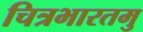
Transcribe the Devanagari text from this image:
चित्रभारतमु